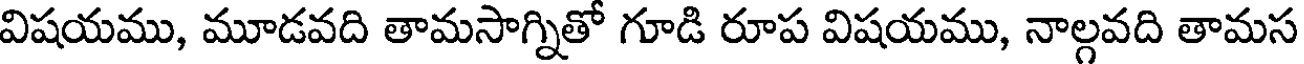
విషయము, మూడవది తామసాగ్నితో గూడి రూప విషయము, నాల్గవది తామస